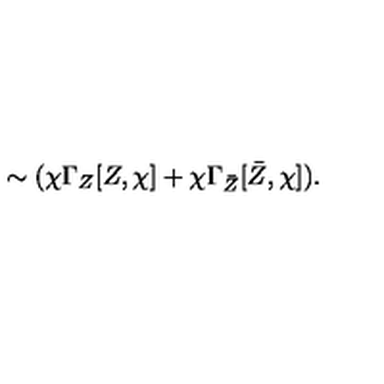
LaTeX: \sim ( \chi \Gamma _ { Z } [ Z , \chi ] + \chi \Gamma _ { \bar { Z } } [ \bar { Z } , \chi ] ) .